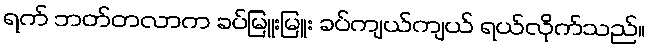
ရက် ဘတ်တလာက ခပ်မြူးမြူး ခပ်ကျယ်ကျယ် ရယ်လိုက်သည်။